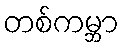
တစ်ကမ္ဘာ